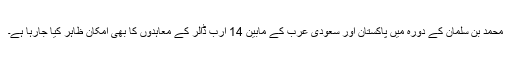
محمد بن سلمان کے دورہ میں پاکستان اور سعودی عرب کے مابین 14 ارب ڈالر کے معاہدوں کا بھی امکان ظاہر کیا جارہا ہے۔